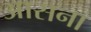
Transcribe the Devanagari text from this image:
आसना